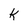
Character: k